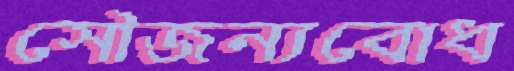
সৌজন্যবোধ